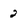
Character: 2